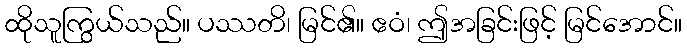
ထိုသူကြွယ်သည်။ ပဿတိ၊ မြင်၏။ ဧဝံ၊ ဤအခြင်းဖြင့် မြင်အောင်။